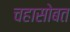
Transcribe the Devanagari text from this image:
चहासोबत